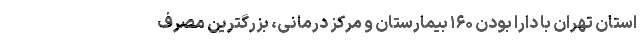
استان تهران با دارا بودن ۱۶۰ بیمارستان و مرکز درمانی، بزرگترین مصرف